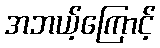
အဘယ့်ကြောင့်